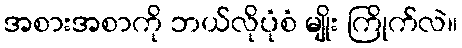
အစားအစာကို ဘယ်လိုပုံစံ မျိုး ကြိုက်လဲ။